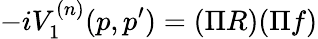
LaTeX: -iV_{1}^{(n)}(p,p^{\prime})=(\Pi R)(\Pi f)